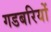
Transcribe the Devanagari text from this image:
गडबरियों